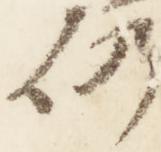
仍